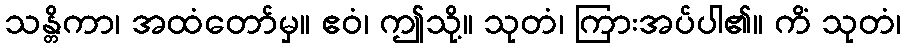
သန္တိကာ၊ အထံတော်မှ။ ဧဝံ၊ ဤသို့။ သုတံ၊ ကြားအပ်ပါ၏။ ကိံ သုတံ၊